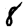
Digit: 8